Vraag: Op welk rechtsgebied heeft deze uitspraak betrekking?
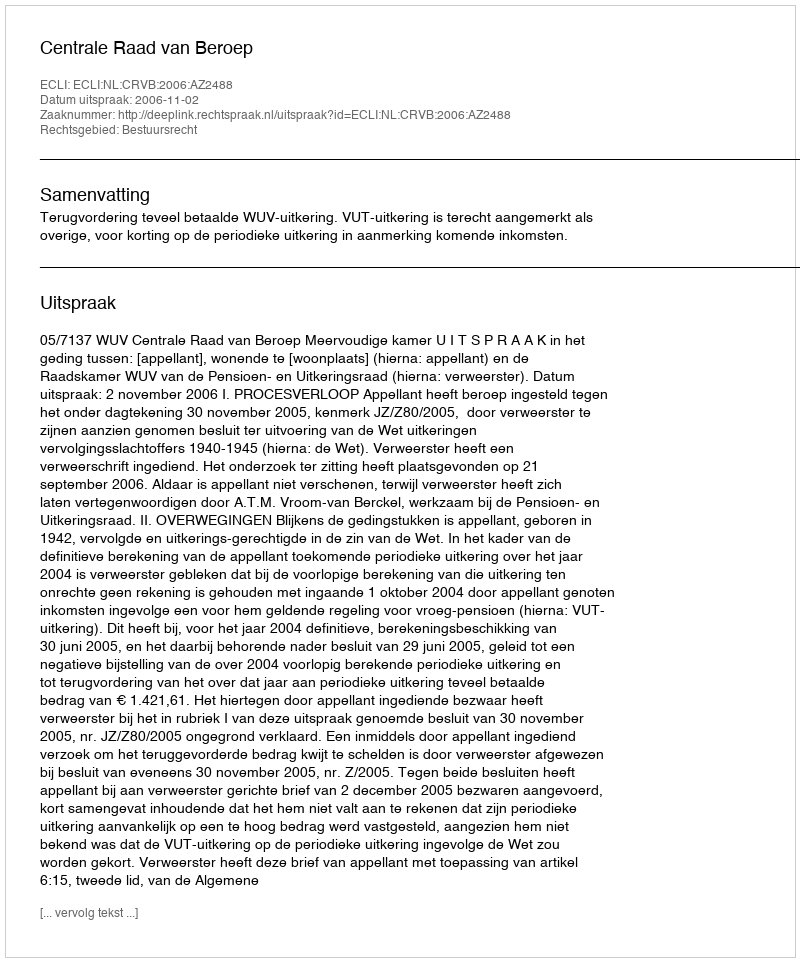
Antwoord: Bestuursrecht